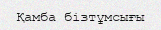
Қамба бізтұмсығы